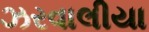
ઝરવાલીયા